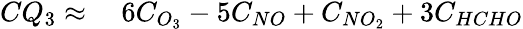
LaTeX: \begin{array}{rl}{CQ_{3}\approx}&{{}\ 6C_{O_{3}}-5C_{NO}+C_{NO_{2}}+3C_{HCHO}}\end{array}